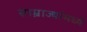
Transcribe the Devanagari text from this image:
साम्राज्यांमध्ये